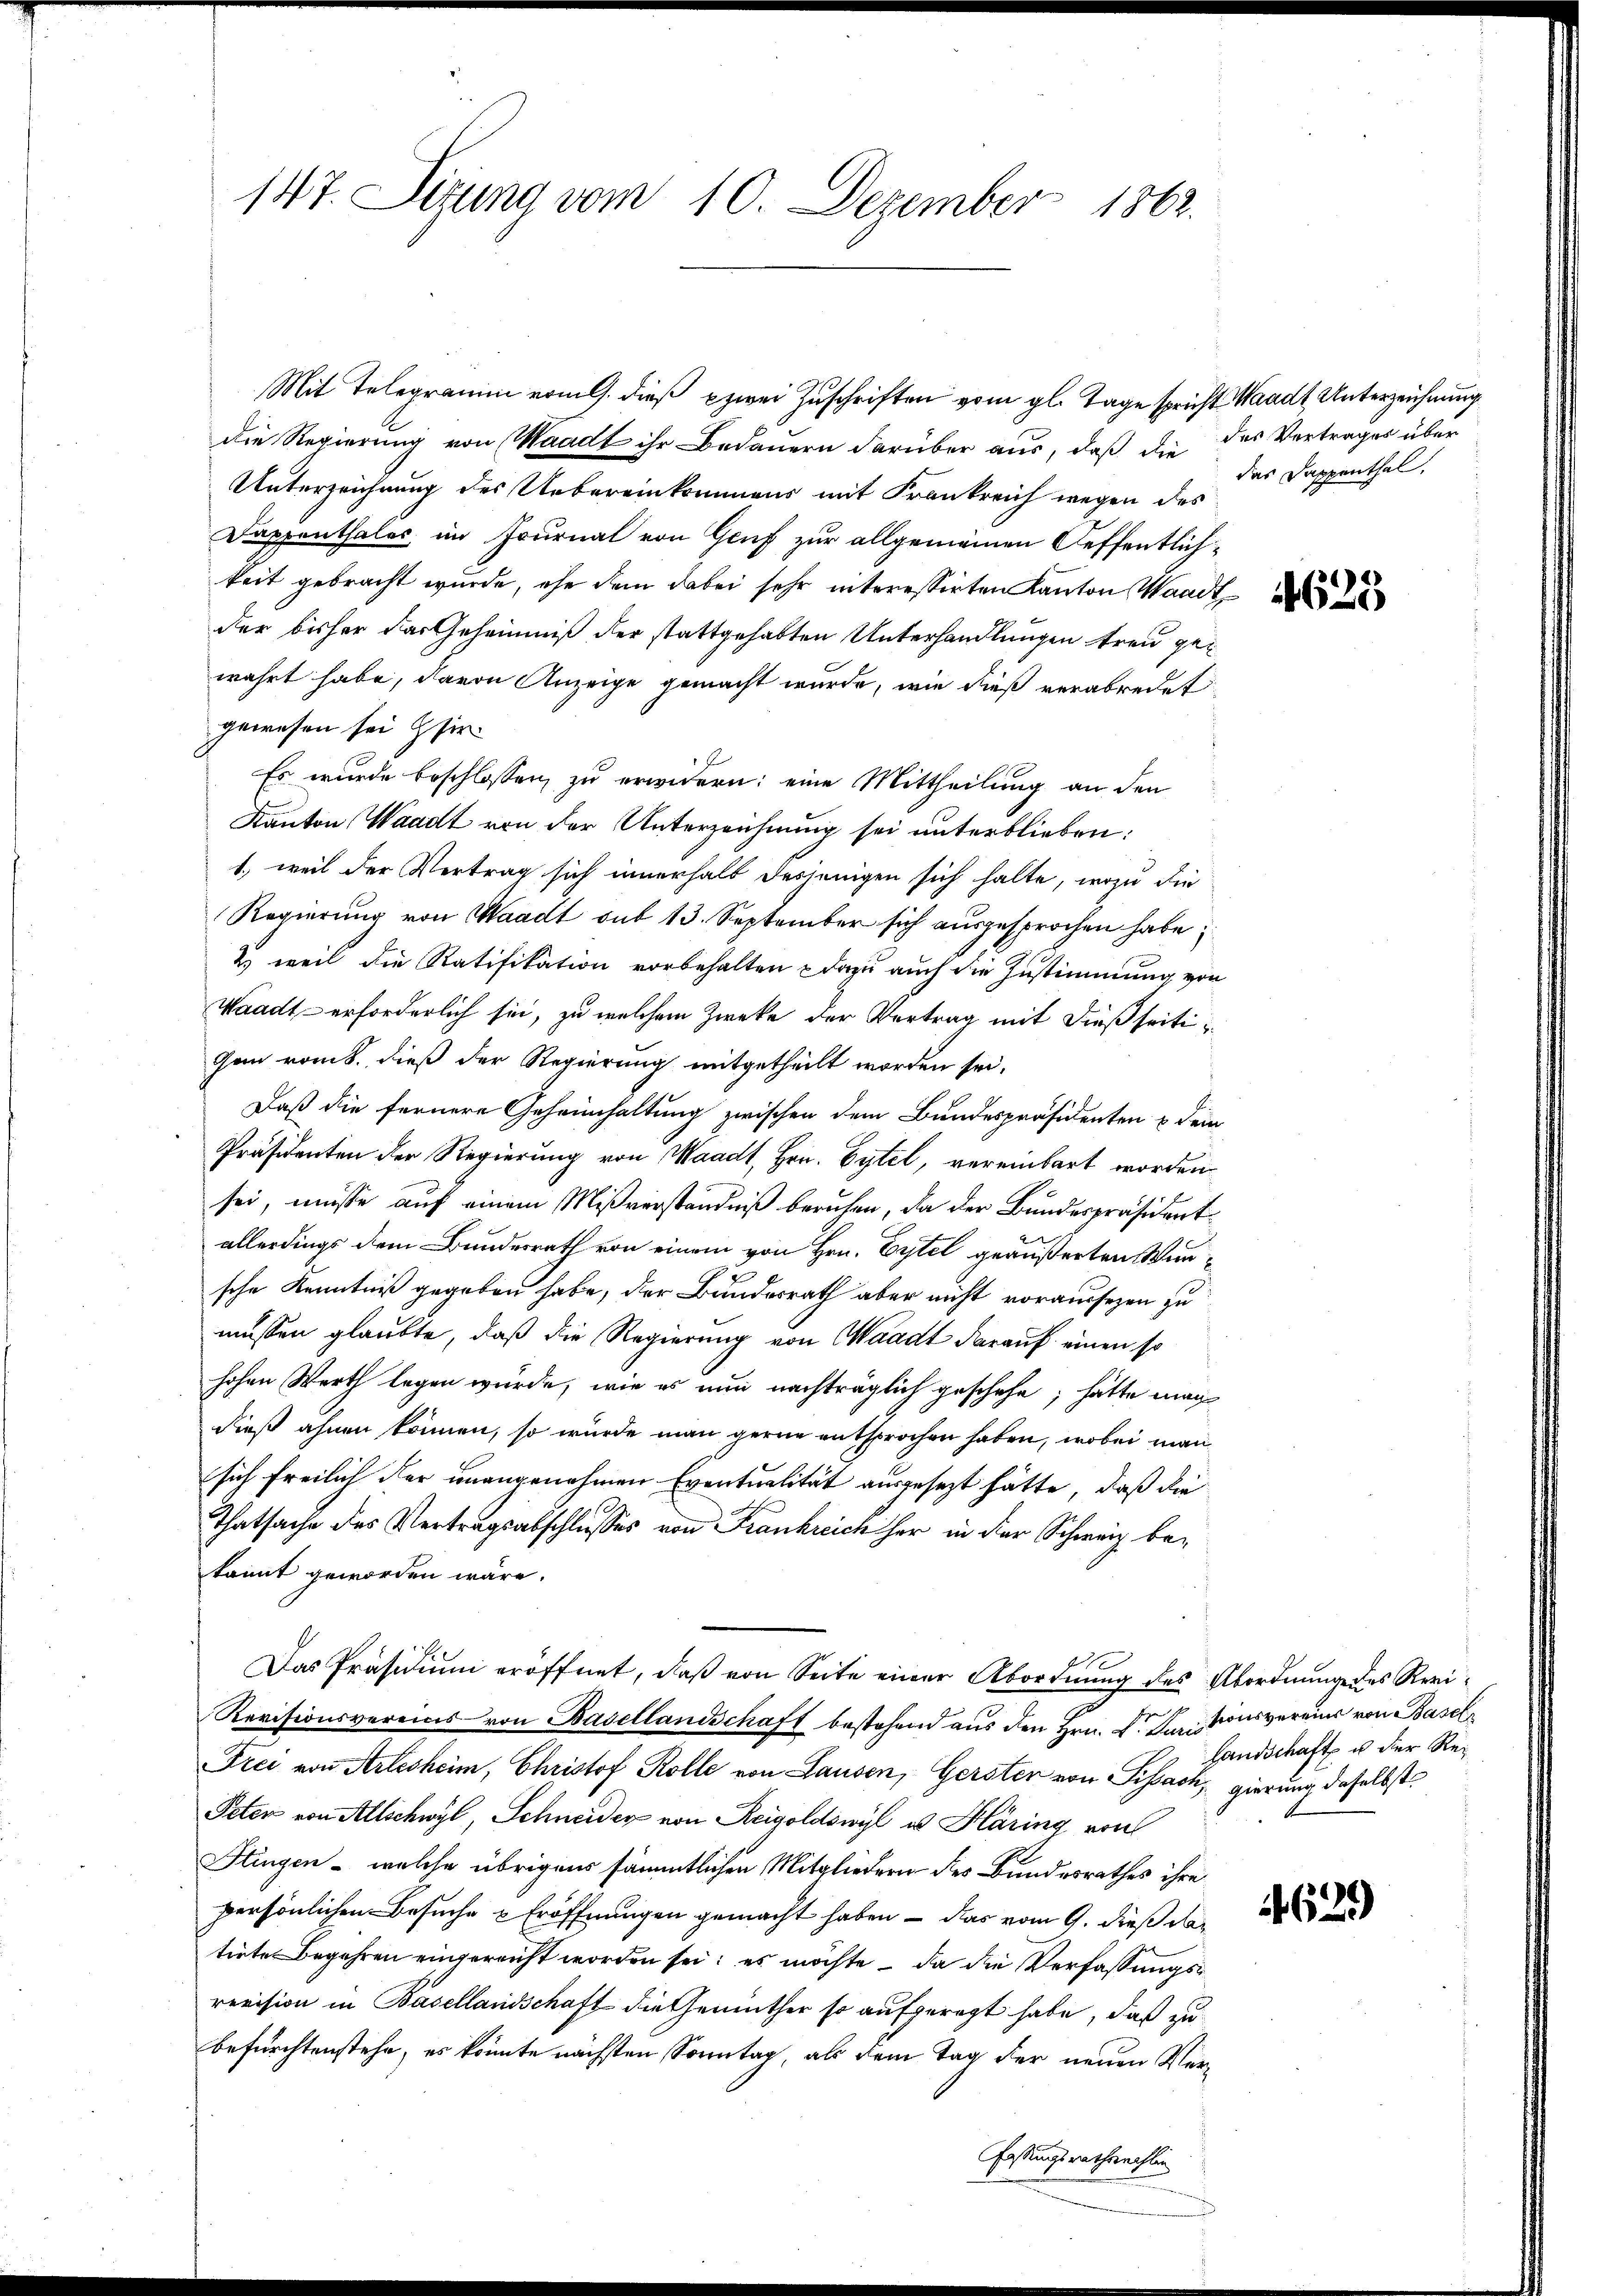
147. Sitzung vom 10. Dezember 1862.

die Regierung von Waadt ihr Bedauern darüber aus, daß die des Vertrages über
Unterzeichnung des Uebereinkommens mit Frankreich wegen des
Daphenthaler im Journal von Gruf zur allgemeinen Oeffentlichkeit gebracht wurde, ehe dem dabei sehr interessirten Kanton Waadt
der bisher das Geheimniß der stattgehabten Unterhandlungen treu gewahrt habe, davon Anzeige gemacht wurde, wie dieß verabredet
gewesen sei Hir
Es wurde beschlossen, zu erwidern: eine Mittheilung an den
Kanton Waadt von der Unterzeichnung sei unterblieben:
1., weil der Vertrag sich innerhalb desjenigen sich halte, wozu die
Regierung von Waadt sub 13. September sich ausgesprochen habe;
& weil die Ratifikation vorbehalten - dazu auch die Zustimmung von
Waadt - erforderlich sei, zu welchem Zwecke der Vertrag mit dießseiti¬
Gem romb. dieß der Regierung mitgetheilt worden sei.
Daß die fernere Geheimhaltung zwischen dem Bundespräsidenten & dem
Präsidenten der Regierung von Waadt, Hrn. Gytel, vereinbart worden
sei, müsse auf einem Mißverständniß beruhen, da der Bundespräsident
allerdings dem Bundesrath von einem von Hrn. Eitel geäußerten Wunsche Kenntniß gegeben habe, der Bundesrath aber nicht voraussezen zu
müssen glaubte, daß die Regierung von Waadt darauf einen so
hohen Werth legen würde, wie es nun nachträglich geschehe, hätte mag
dieß ahnen können, so würde man gerne entsprochen haben, wobei man
sich freilich der unangenehmen Eventualität ausgesezt hätte, daß die
Thatsache des Vertragsabschlusses von Frankreich her in der Schweiz bekannt geworden wäre.
Das Präsidium eröffnet, daß von Seite einer Abordnung des Abordnunge des Revi¬
Revisionsvereins von Basellandschaft bestehend aus den Hrn. Dr. Kantonsvereins von Basel¬
Frei von Arlesheim, Christof Rolle von Lausen, Gerster von Sissach, gierung daselbst
Peten von Allschwyl, Schneider von Reigoldswyl a Häring von
Stingen - welche übrigens sämmtlichen Mitgliedern des Bundesrathes ihre
persönlichen Besuche u Eröffnungen gemacht haben – das vom 9. dieß dar
tirte Begehren eingereicht worden sei; es möchte – da die Verfassungsrevision in Basellandschaft die Gemüther so aufgeregt habe, daß zu
befürchtenstehe, es könnte nächsten Sonntag, als dem Tag der neuen Ver¬
Fassungsrathsrechlin

Mit Telegramm vom l. dieß zwei Zuschriften vom gl. Tage spricht Waadt Unterzeichnung

das Dappenthal.

4625

Handschaft u der Re¬

4629)